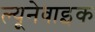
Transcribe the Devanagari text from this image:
ल्यूनेवाइक